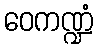
ဝေကဏ္ဍံ